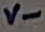
Text: V-